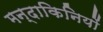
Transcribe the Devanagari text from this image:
मन्दाकिनियों